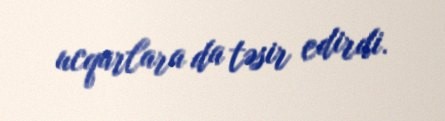
ucqarlara da təsir edirdi.